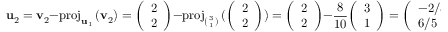
\mathbf { u } _ { 2 } = \mathbf { v } _ { 2 } - \mathrm { p r o j } _ { \mathbf { u } _ { 1 } } \, ( \mathbf { v } _ { 2 } ) = { \left( \begin{array} { l } { 2 } \\ { 2 } \end{array} \right) } - \mathrm { p r o j } _ { ( { 3 \atop 1 } ) } \, ( { { \left( \begin{array} { l } { 2 } \\ { 2 } \end{array} \right) } ) } = { \left( \begin{array} { l } { 2 } \\ { 2 } \end{array} \right) } - { \frac { 8 } { 1 0 } } { \left( \begin{array} { l } { 3 } \\ { 1 } \end{array} \right) } = { \left( \begin{array} { l } { - 2 / 5 } \\ { 6 / 5 } \end{array} \right) } .